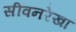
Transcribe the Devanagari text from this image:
सीवनरेखा